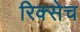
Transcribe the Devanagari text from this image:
रिक्सेच